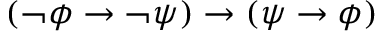
\left( \lnot \phi \to \lnot \psi \right) \to \left( \psi \to \phi \right)